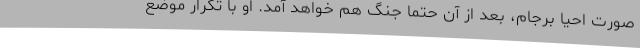
صورت احیا برجام، بعد از آن حتما جنگ هم خواهد آمد. او با تکرار موضع